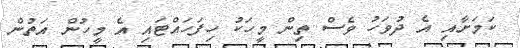
ކަމަށާއި އެ ދުވަހު ވެސް ތިން މީހަކު ހިފަހައްޓައި އެ މީހުން އަތުން